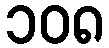
၁၀၈